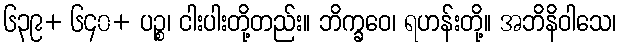
၆၃၉+ ၆၄၀+ ပဉ္စ၊ ငါးပါးတို့တည်း။ ဘိက္ခဝေ၊ ရဟန်းတို့။ အဘိနိဝါသေ၊